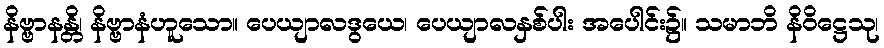
နိဗ္ဗာနန္တိ၊ နိဗ္ဗာနံဟူသော။ ပေယျာလဒွယေ၊ ပေယျာလနှစ်ပါး အပေါင်း၌။ သမာဘိ နိဝိဋ္ဌေသု၊